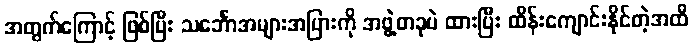
အတွက်ကြောင့် ဖြစ်ပြီး သင်္ဘောအများအပြားကို အဖွဲ့တခုပဲ ထားပြီး ထိန်းကျောင်းနိုင်တဲ့အထိ